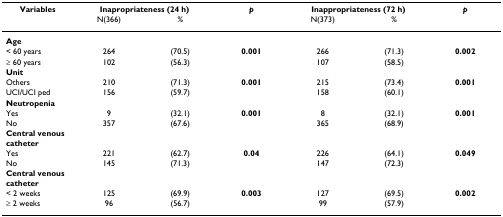
| Variables | <COLSPAN=2> Inapropriateness (24 h) | p | <COLSPAN=2> Inappropriateness (72 h) | p |
 |  | N(366) | % |  | N(373) | % |  |
 | --- | --- | --- | --- | --- | --- | --- |
 | Age |  |  |  |  |  |  |
 | < 60 years | 264 | (70.5) | 0.001 | 266 | (71.3) | 0.002 |
 | ≥ 60 years | 102 | (56.3) |  | 107 | (58.5) |  |
 | Unit |  |  |  |  |  |  |
 | Others | 210 | (71.3) | 0.001 | 215 | (73.4) | 0.001 |
 | UCI/UCI ped | 156 | (59.7) |  | 158 | (60.1) |  |
 | Neutropenia |  |  |  |  |  |  |
 | Yes | 9 | (32.1) | 0.001 | 8 | (32.1) | 0.001 |
 | No | 357 | (67.6) |  | 365 | (68.9) |  |
 | Central venous catheter |  |  |  |  |  |  |
 | Yes | 221 | (62.7) | 0.04 | 226 | (64.1) | 0.049 |
 | No | 145 | (71.3) |  | 147 | (72.3) |  |
 | Central venous catheter |  |  |  |  |  |  |
 | < 2 weeks | 125 | (69.9) | 0.003 | 127 | (69.5) | 0.002 |
 | ≥ 2 weeks | 96 | (56.7) |  | 99 | (57.9) |  |